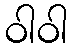
ဝါဝါ